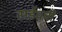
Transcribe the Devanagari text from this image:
सईदची